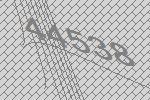
44538